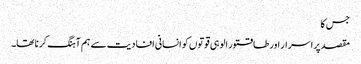
جس کا
مقصد پراسرار اور طاقتور الوہی قوتوں کو انسانی افادیت سے ہم آہنگ کرنا تھا۔